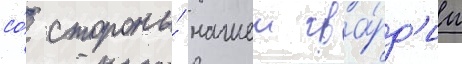
со́ стороны́ нашеи гва́рд'ии